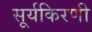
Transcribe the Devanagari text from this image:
सूर्यकिरणी